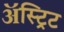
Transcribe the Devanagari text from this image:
ॲस्ट्रिट